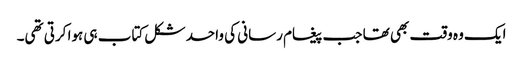
ایک وہ وقت بھی تھا جب پیغام رسانی کی واحد شکل کتاب ہی ہوا کرتی تھی۔